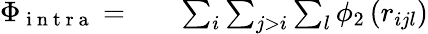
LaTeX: \begin{array}{rlr}{\Phi_{\mathrm{~i~n~t~r~a~}}=}&{{}}&{\sum_{i}\sum_{j>i}\sum_{l}\phi_{2}\left(r_{ijl}\right)}\end{array}